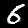
Label: 6